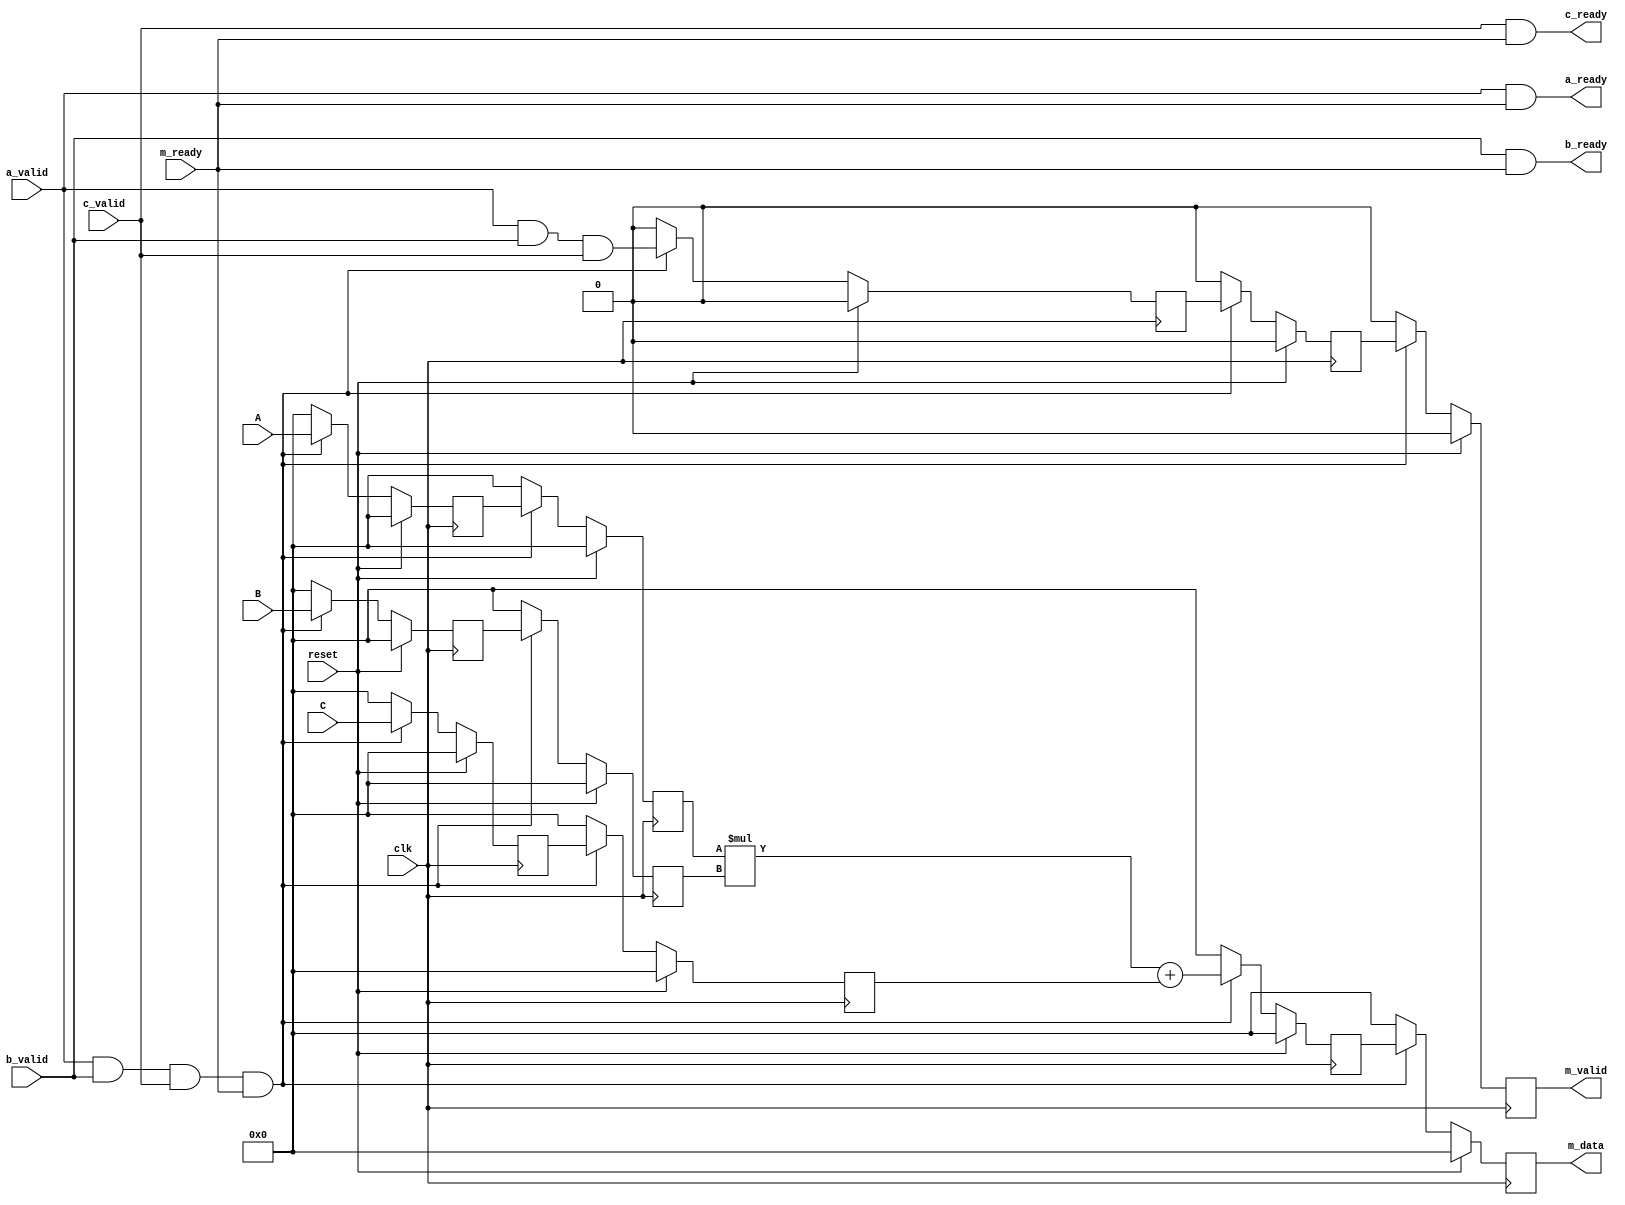
`timescale 1ns / 1ps
//////////////////////////////////////////////////////////////////////////////////
// Company: 
// Engineer: 
// 
// Design Name: 
// Module Name: design_1_ma_axi
// Project Name: 
// Target Devices: 
// Tool Versions: 
// Description: 
// 
// Dependencies: 
// 
// Revision:
// Revision 0.01 - File Created
// Additional Comments:
// 
//////////////////////////////////////////////////////////////////////////////////

module design_1_ma_axi#(parameter Data_width=16)(
    input clk,
    input reset,
    // slave data A
    input [Data_width-1:0]A, // data
    input a_valid,
    output a_ready,
    
    //slave data B
    input [Data_width-1:0]B,
    input b_valid,
    output b_ready,
    
    //slave data C
    input [Data_width-1:0]C,
    input c_valid,
    output c_ready,
    
    //master 
    output [Data_width-1:0]m_data,
    output reg m_valid,
    input m_ready
    );
    
    // registers used for the pipelining
    reg [Data_width-1:0]A0='d0;
    reg [Data_width-1:0]B0='d0;
    reg [Data_width-1:0]C0='d0;
    reg [Data_width-1:0]out_0='d0;
    
    reg [Data_width-1:0]A1='d0;
    reg [Data_width-1:0]B1='d0;
    reg [Data_width-1:0]C1='d0;
    reg [Data_width-1:0]out_1='d0;
    
    reg valid_1;
    reg valid_2;

    
    assign a_ready = a_valid & m_ready;
    assign b_ready = b_valid & m_ready;
    assign c_ready = c_valid & m_ready; 
    
    always@(posedge clk) begin
        if(reset)begin
            A0 <= 'd0;
            B0 <= 'd0;
            C0 <= 'd0;

            A1 <= 'd0;
            B1 <= 'd0;
            C1 <= 'd0;

            out_0 <= 'b0;
            out_1 <= 'b0;
            
            valid_1 <= 'b0;
            valid_2 <= 'b0;
 
            m_valid <= 'b0;
        end
        else if(a_valid && b_valid && c_valid && m_ready) begin
                               
                A0 <= A;
                B0 <= B;
                C0 <= C;
                                              
                A1 <= A0;
                B1 <= B0;
                C1 <= C0;
                       
                out_0<= ( ($signed(A1)* $signed(B1))+($signed(C1)));      
                out_1 <= out_0;
                valid_1 <= a_valid & b_valid & c_valid;        
                valid_2 <= valid_1;
                m_valid <= valid_2;
        end
        else begin 
                A0 <= 0;
                A1 <= 0;
        
                B0 <= 0;
                B1 <= 0;
                
                C0 <= 0;
                C1 <= 0;
                

                
                out_0 <= 0;
                out_1 <= 0;
        
                valid_1<=0;
                valid_2<=0;
                m_valid<=0;
        end
end

assign m_data = out_1;
    
endmodule